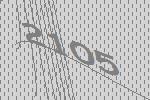
2105